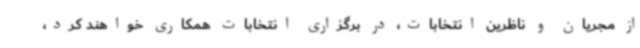
از مجریان و ناظرین انتخابات، در برگزاری انتخابات همکاری خواهند کرد،